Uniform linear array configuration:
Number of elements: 24
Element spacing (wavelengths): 0.75
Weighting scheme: hann
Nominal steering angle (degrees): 30
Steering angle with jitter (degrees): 31.236
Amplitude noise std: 0.05
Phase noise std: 0.05

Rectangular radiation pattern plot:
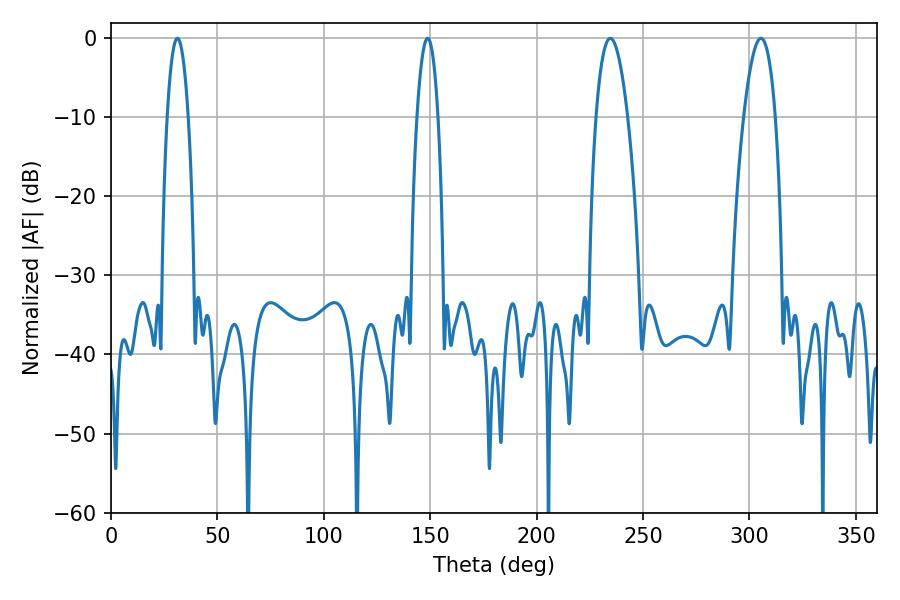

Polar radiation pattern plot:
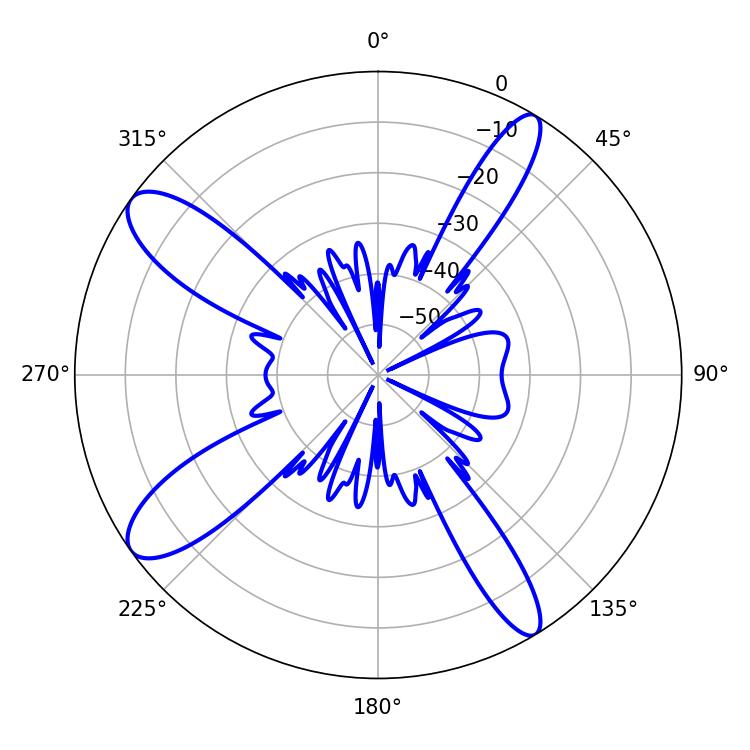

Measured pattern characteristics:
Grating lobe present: TRUE
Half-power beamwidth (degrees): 8.1
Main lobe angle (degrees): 234.54